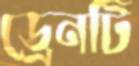
ড্রেনটি